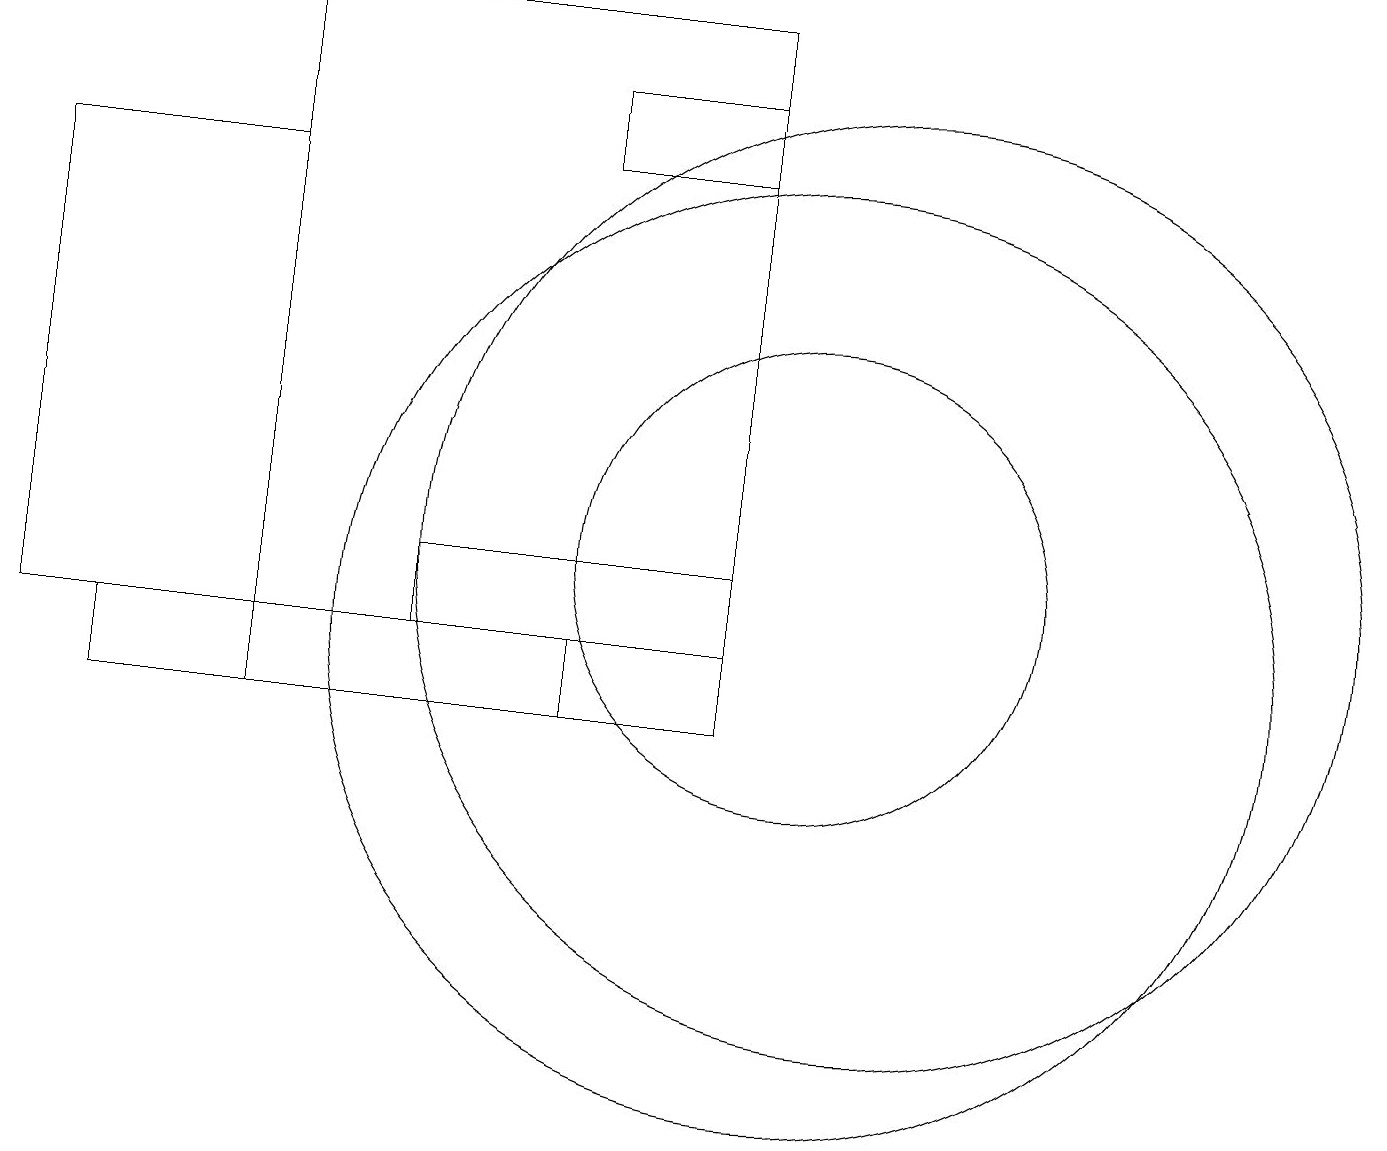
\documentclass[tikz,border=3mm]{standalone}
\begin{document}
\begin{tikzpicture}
\draw (9,17) rectangle (7,18);
\draw (10,11) circle (6);
\draw (9,19) rectangle (3,10);
\draw (11,12) circle (6);
\draw (1,11) rectangle (7,10);
\draw (0,11) rectangle (3,17);
\draw (9,11) rectangle (5,12);
\draw (10,12) circle (3);
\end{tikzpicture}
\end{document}